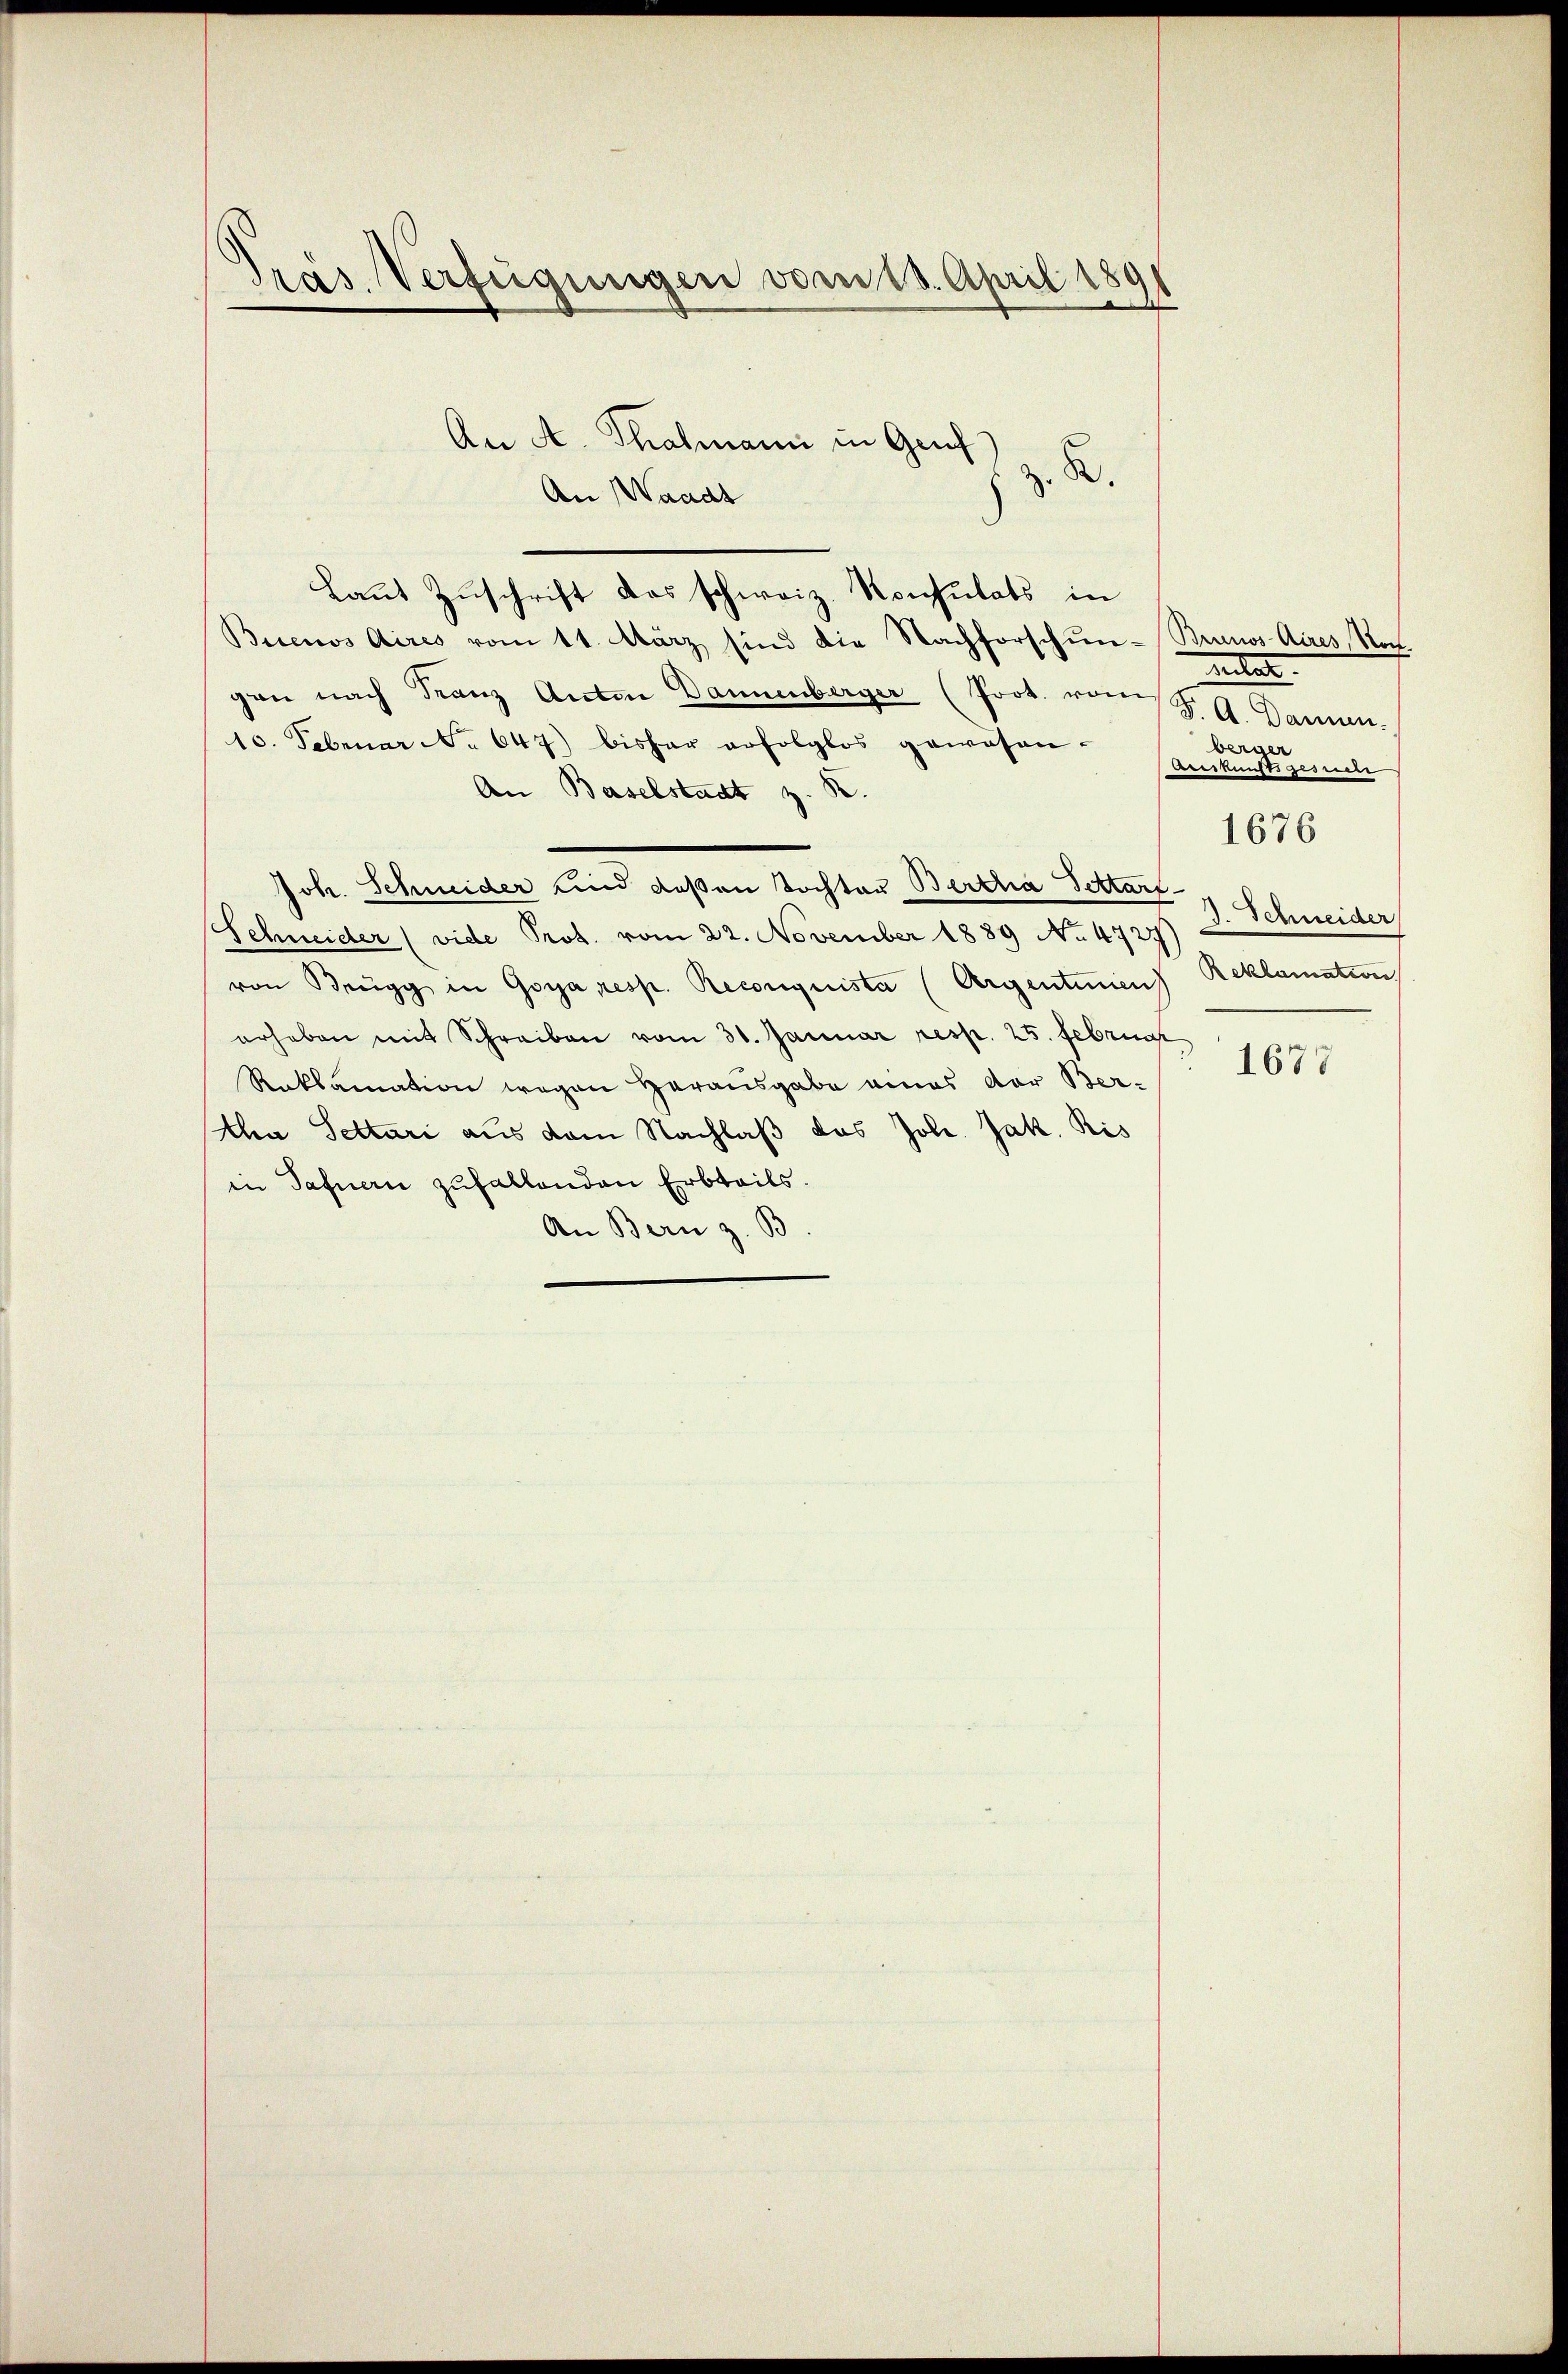
Präs. Verfügungen vom 18. April 1891

An A. Thalmann in Genf
B.
An Waadt
Laut Zuschrift das schweiz. Konsulats in
Buenos Aires vom 11. März sind die Nachforschun- Brunos Aires, Noch
gen nach Franz Anton Dannenberger (Prot. vom
10. Februar No 647) bisher erfolglos gewesen.
An Baselstadt z. R.
Joh. Schneider und deßen Tochter Bertria Pettart
Schneider (vide Prot. vom 22. November 1889 No 4727
von Brugg in Goya resp. Reconquista (Argentinen
erheben mit Schreiben vom 30. Januar resp. 25. Februar
Roklamation wegen Herausgabe eines der Ber-
Aa Settari aus dem Nachlaß das Joh. Jak. Ris
in Safnern zufallenden Erbteils.
An Bern z. B

weitet
F. A. Danien.
berner
Beeskunftszim

1676

J. Schneider
Reklamation

1677